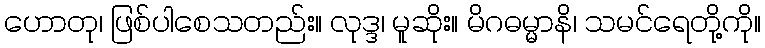
ဟောတု၊ ဖြစ်ပါစေသတည်း။ လုဒ္ဒ၊ မူဆိုး။ မိဂဓမ္မာနိ၊ သမင်ရေတို့ကို။